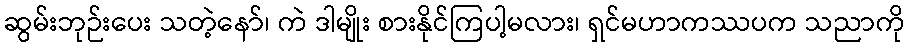
ဆွမ်းဘုဉ်းပေး သတဲ့နော်၊ ကဲ ဒါမျိုး စားနိုင်ကြပါ့မလား၊ ရှင်မဟာကဿပက သညာကို